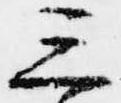
三